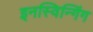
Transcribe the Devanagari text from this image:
इनस्विन्गिंग